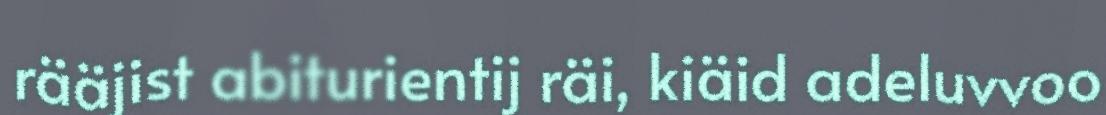
rääjist abiturientij räi, kiäid adeluvvoo